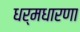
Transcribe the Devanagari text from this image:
धर्मधारणा